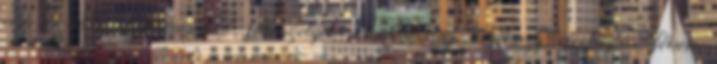
elsõ és hátsó differenciálmû, féltengelyek, csonkállvány, kerékagy, meghajtás, fékek,